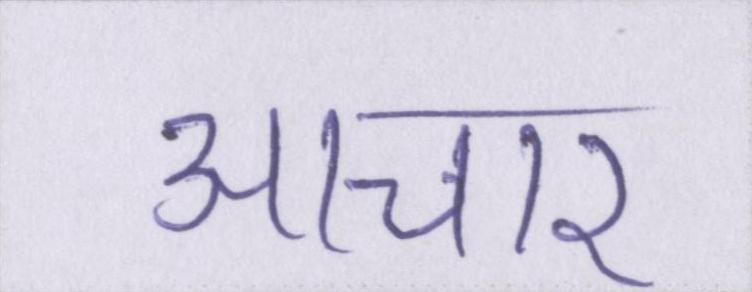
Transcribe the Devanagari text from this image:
आचार